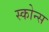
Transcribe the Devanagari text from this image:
स्कोन्स